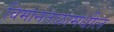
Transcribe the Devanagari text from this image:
विमानतळामधील